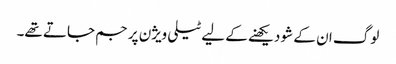
لوگ ان کے شو دیکھنے کے لیے ٹیلی ویژن پر جم جاتے تھے۔